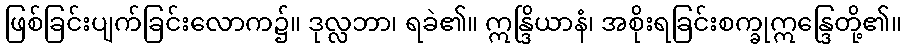
ဖြစ်ခြင်းပျက်ခြင်းလောက၌။ ဒုလ္လဘာ၊ ရခဲ၏။ ဣန္ဒြိယာနံ၊ အစိုးရခြင်းစက္ခုဣန္ဒြေတို့၏။